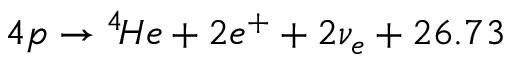
4 p \to { } ^ { 4 } \! H e + 2 e ^ { + } + 2 \nu _ { e } + 2 6 . 7 3